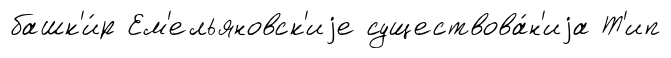
башк'и́р Ем'ельяновск'иjе существова́н'иjа Т'ип